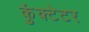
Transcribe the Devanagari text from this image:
कुंक्टेटर